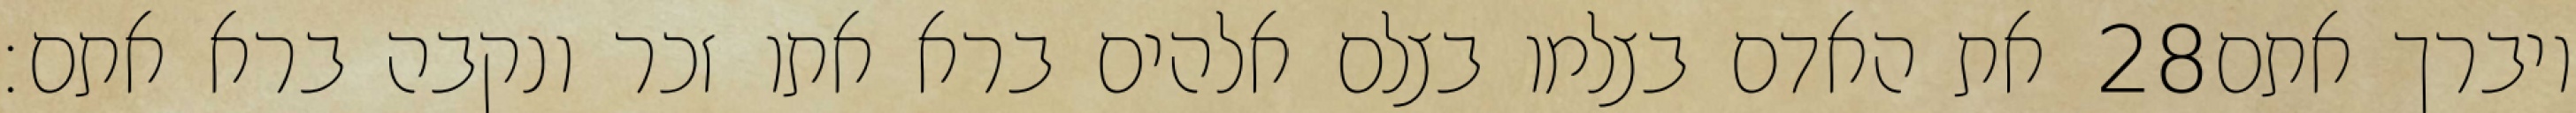
את האדם בצלמו בצלם אלהים ברא אתו זכר ונקבה ברא אתם׃ ‎28‏ ויברך אתם